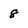
Character: 8